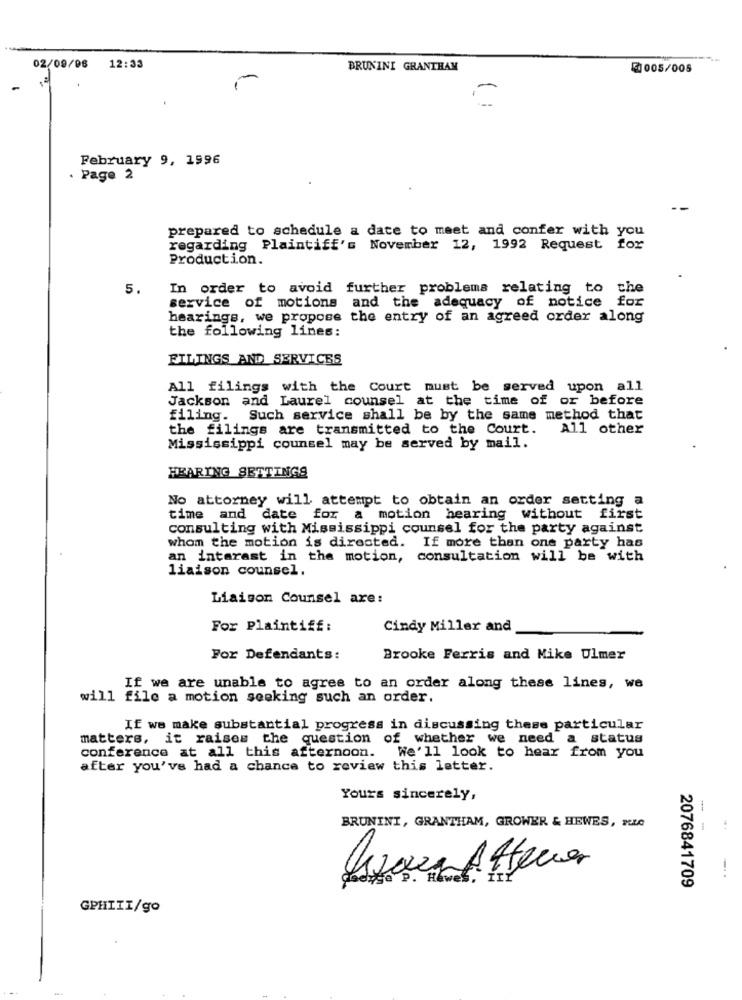
02/09/08
12:33
BRUNINI GRANTHAM
@005/005
February 9, 1996
. Page 2
prepared to schedule a date to meet and confer with you
regarding Plaintiff's November 12, 1992 Request for
Production.
5.
In order to avoid further problems relating to the
service of motions and the adequacy of notice for
hearings, we propose the entry of an agreed order along
the following lines:
FILINGS AND SERVICES
All filings with the Court must be served upon all
Jackson and Laurel counsel at the time of or before
filing.
Such service shall be by the same method that
the filings are transmitted to the Court.
All other
Mississippi counsel may be served by mail.
HEARING SETTINGS
No attorney will attempt to obtain an order setting a
time and date for a motion hearing without first
consulting with Mississippi counsel for the party against
whom the motion is directed. If more than one party has
an interest in the motion, consultation will be with
liaison counsel.
Liaison Counsel are:
For Plaintiff:
Cindy Miller and
For Defendants:
Brooke Ferris and Mike Ulmer
If we are unable to agree to an order along these lines, we
will file a motion seeking such an order.
If we make substantial progress in discussing these particular
matters, it raises the question of whether we need a status
conference at all this afternoon.
We'll look to hear from you
after you've had a chance to review this letter.
Yours sincerely,
BRUNINI, GRANTHAM, GROWER & HEWES, RLC
2076841709
GPHIII/go